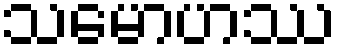
သမောဟဿ